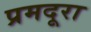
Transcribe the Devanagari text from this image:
प्रमदूरा